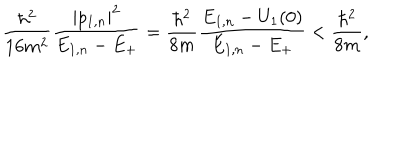
{ \frac { \hbar ^ { 2 } } { 1 6 m ^ { 2 } } } { \frac { | p _ { 1 , n } | ^ { 2 } } { E _ { 1 , n } - E _ { + } } } = { \frac { \hbar ^ { 2 } } { 8 m } } { \frac { E _ { 1 , n } - U _ { 1 } ( 0 ) } { E _ { 1 , n } - E _ { + } } } < { \frac { \hbar ^ { 2 } } { 8 m } } ,